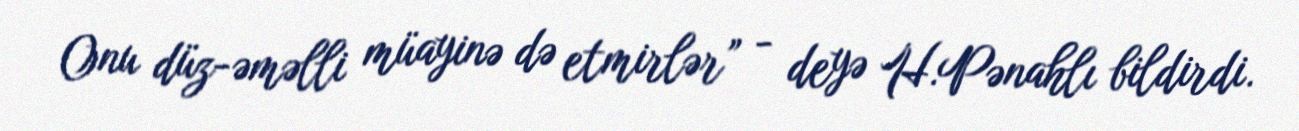
Onu düz-əməlli müayinə də etmirlər” - deyə H.Pənahlı bildirdi.